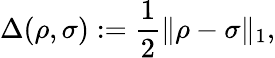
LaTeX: \Delta(\rho,\sigma):=\frac{1}{2}\| \rho-\sigma\| _{1},